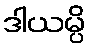
ဒါယမ္ပိ